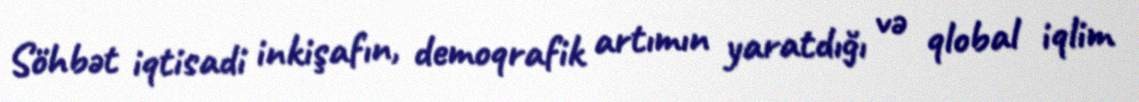
Söhbət iqtisadi inkişafın, demoqrafik artımın yaratdığı və qlobal iqlim